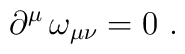
\partial ^{\mu }\,\omega _{\mu \nu }=0\ .